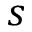
s